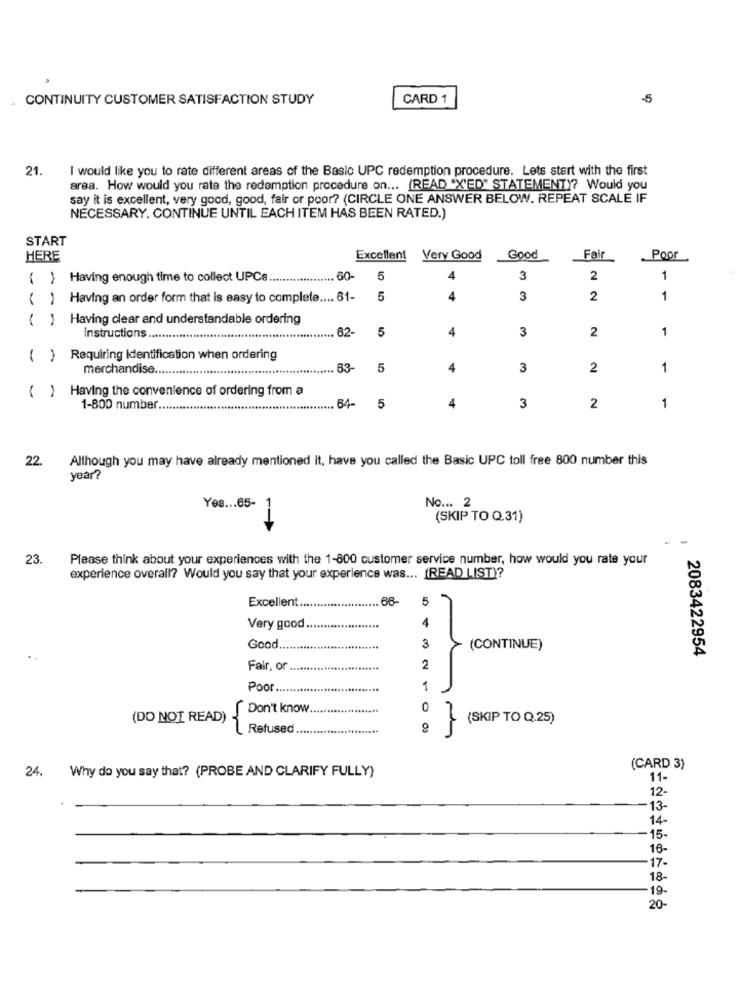
CONTINUITY CUSTOMER SATISFACTION STUDY
CARD 1
-5
21.
I would like you to rate different areas of the Basic UPC redemption procedure. Lets start with the first
area. How would you rate the redemption procedure on ... (READ "X'ED" STATEMENT)? Would you
say it is excellent, very good, good, fair or poor? (CIRCLE ONE ANSWER BELOW. REPEAT SCALE IF
NECESSARY. CONTINUE UNTIL EACH ITEM HAS BEEN RATED.)
START
HERE
Excellent Very Good
Good
Fair
Poor
( ) Having enough time to collect UPCs.
60-
5
4
3
2
1
( ) Having an order form that is easy to complete .... 61-
5
4
3
2
1
( )
Having clear and understandable ordering
62-
5
4
3
2
1
Instructions ....
()
Requiring Identification when ordering
merchandise .......
63-
5
4
3
2
1
( ) Having the convenience of ordering from a
4
1-800 number.
64-
5
3
2
1
22.
Although you may have already mentioned it, have you called the Basic UPC toll free 800 number this
year?
No ... 2
Yes ... 65-
(SKIP TO Q.31)
1=
23.
Please think about your experiences with the 1-800 customer service number, how would you rate your
experience overall? Would you say that your experience was ... (READ LIST)?
Excellent
66-
5
Very good
4
Good.
3
(CONTINUE)
2083422954
Fair, or
......
2
Poor ..
1
(DO NOT READ) {Don't know
0
(SKIP TO Q.25)
Refused
24. Why do you say that? (PROBE AND CLARIFY FULLY)
(CARD 3)
11-
12-
14
15-
16-
17-
18-
19-
20-